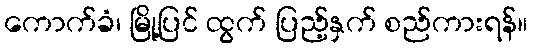
ကောက်ခံ၊ မြို့ပြင် ထွက် ပြည့်နှက် စည်ကားရန်။